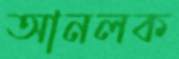
আনলক